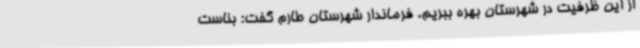
از این ظرفیت در شهرستان بهره ببریم. فرماندار شهرستان طارم گفت: بناست